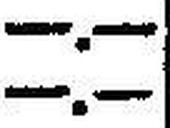
—.—